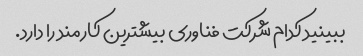
ببینید کدام شرکت فناوری بیشترین کارمند را دارد.